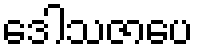
ဒေါသဇာပေ